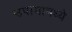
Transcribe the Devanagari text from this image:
उपायामध्ये